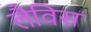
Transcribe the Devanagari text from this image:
लैविस